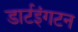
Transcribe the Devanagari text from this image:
डार्टइंगटन